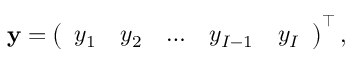
\mathbf { y } = \left( \begin{array} { l l l l l } { y _ { 1 } } & { y _ { 2 } } & { \dots } & { y _ { I - 1 } } & { y _ { I } } \end{array} \right) ^ { \top } ,